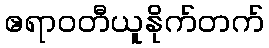
ဧရာဝတီယူနိုက်တက်